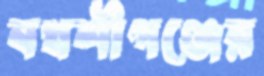
বখশীগঞ্জের